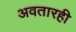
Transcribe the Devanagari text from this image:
अवतारही